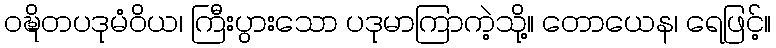
ဝဍ္ဎိတပဒုမံဝိယ၊ ကြီးပွားသော ပဒုမာကြာကဲ့သို့။ တောယေန၊ ရေဖြင့်။